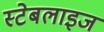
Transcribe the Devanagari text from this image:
स्टेबलाइज